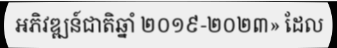
អភិវឌ្ឍន៍ជាតិឆ្នាំ ២០១៩-២០២៣» ដែល